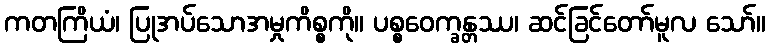
ကတကြိယံ၊ ပြုအပ်သောအမှုကိစ္စကို။ ပစ္စဝေက္ခန္တဿ၊ ဆင်ခြင်တော်မူလ သော်။